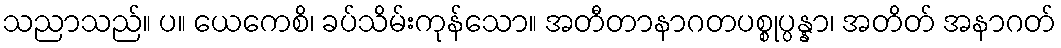
သညာသည်။ ပ။ ယေကေစိ၊ ခပ်သိမ်းကုန်သော။ အတီတာနာဂတပစ္စုပ္ပန္နာ၊ အတိတ် အနာဂတ်